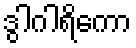
ဒွါဂါရိကော